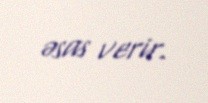
əsas verir.